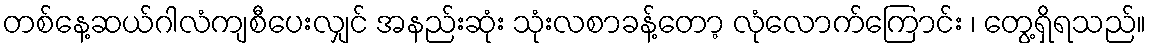
တစ်နေ့ဆယ်ဂါလံကျစီပေးလျှင် အနည်းဆုံး သုံးလစာခန့်တော့ လုံလောက်ကြောင်း ၊ တွေ့ရှိရသည်။